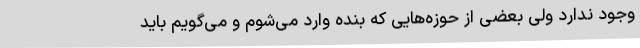
وجود ندارد ولی بعضی از حوزه‌هایی که بنده وارد می‌شوم و می‌گویم باید